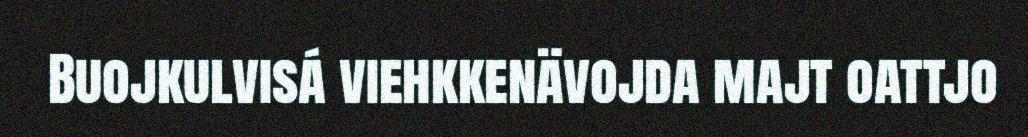
Buojkulvisá viehkkenävojda majt oattjo